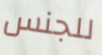
للجنس